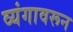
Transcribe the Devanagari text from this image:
व्यंगावरून